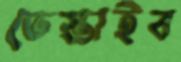
ভেস্তাইব